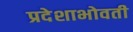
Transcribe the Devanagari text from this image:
प्रदेशाभोवती